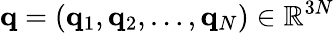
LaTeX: \mathbf{q}=(\mathbf{q}_{1},\mathbf{q}_{2},\dots,\mathbf{q}_{N})\in\mathbb{R}^{3N}